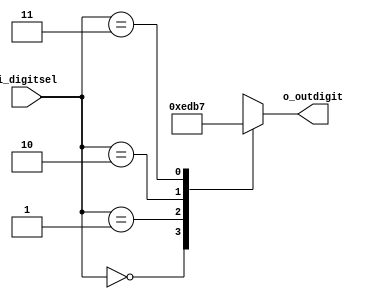
module decoder_digit(
    input [1:0] i_digitsel,
    output [3:0]o_outdigit
    );

    reg [3:0] r_outdigit;
    assign o_outdigit = r_outdigit;

    always @(i_digitsel) begin

        case (i_digitsel)
            2'h0 : r_outdigit = 4'b1110;
            2'h1 : r_outdigit = 4'b1101;
            2'h2 : r_outdigit = 4'b1011;
            2'h3 : r_outdigit = 4'b0111;
            
        endcase
    end

endmodule